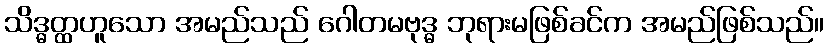
သိဒ္ဓတ္ထဟူသော အမည်သည် ဂေါတမဗုဒ္ဓ ဘုရားမဖြစ်ခင်က အမည်ဖြစ်သည်။